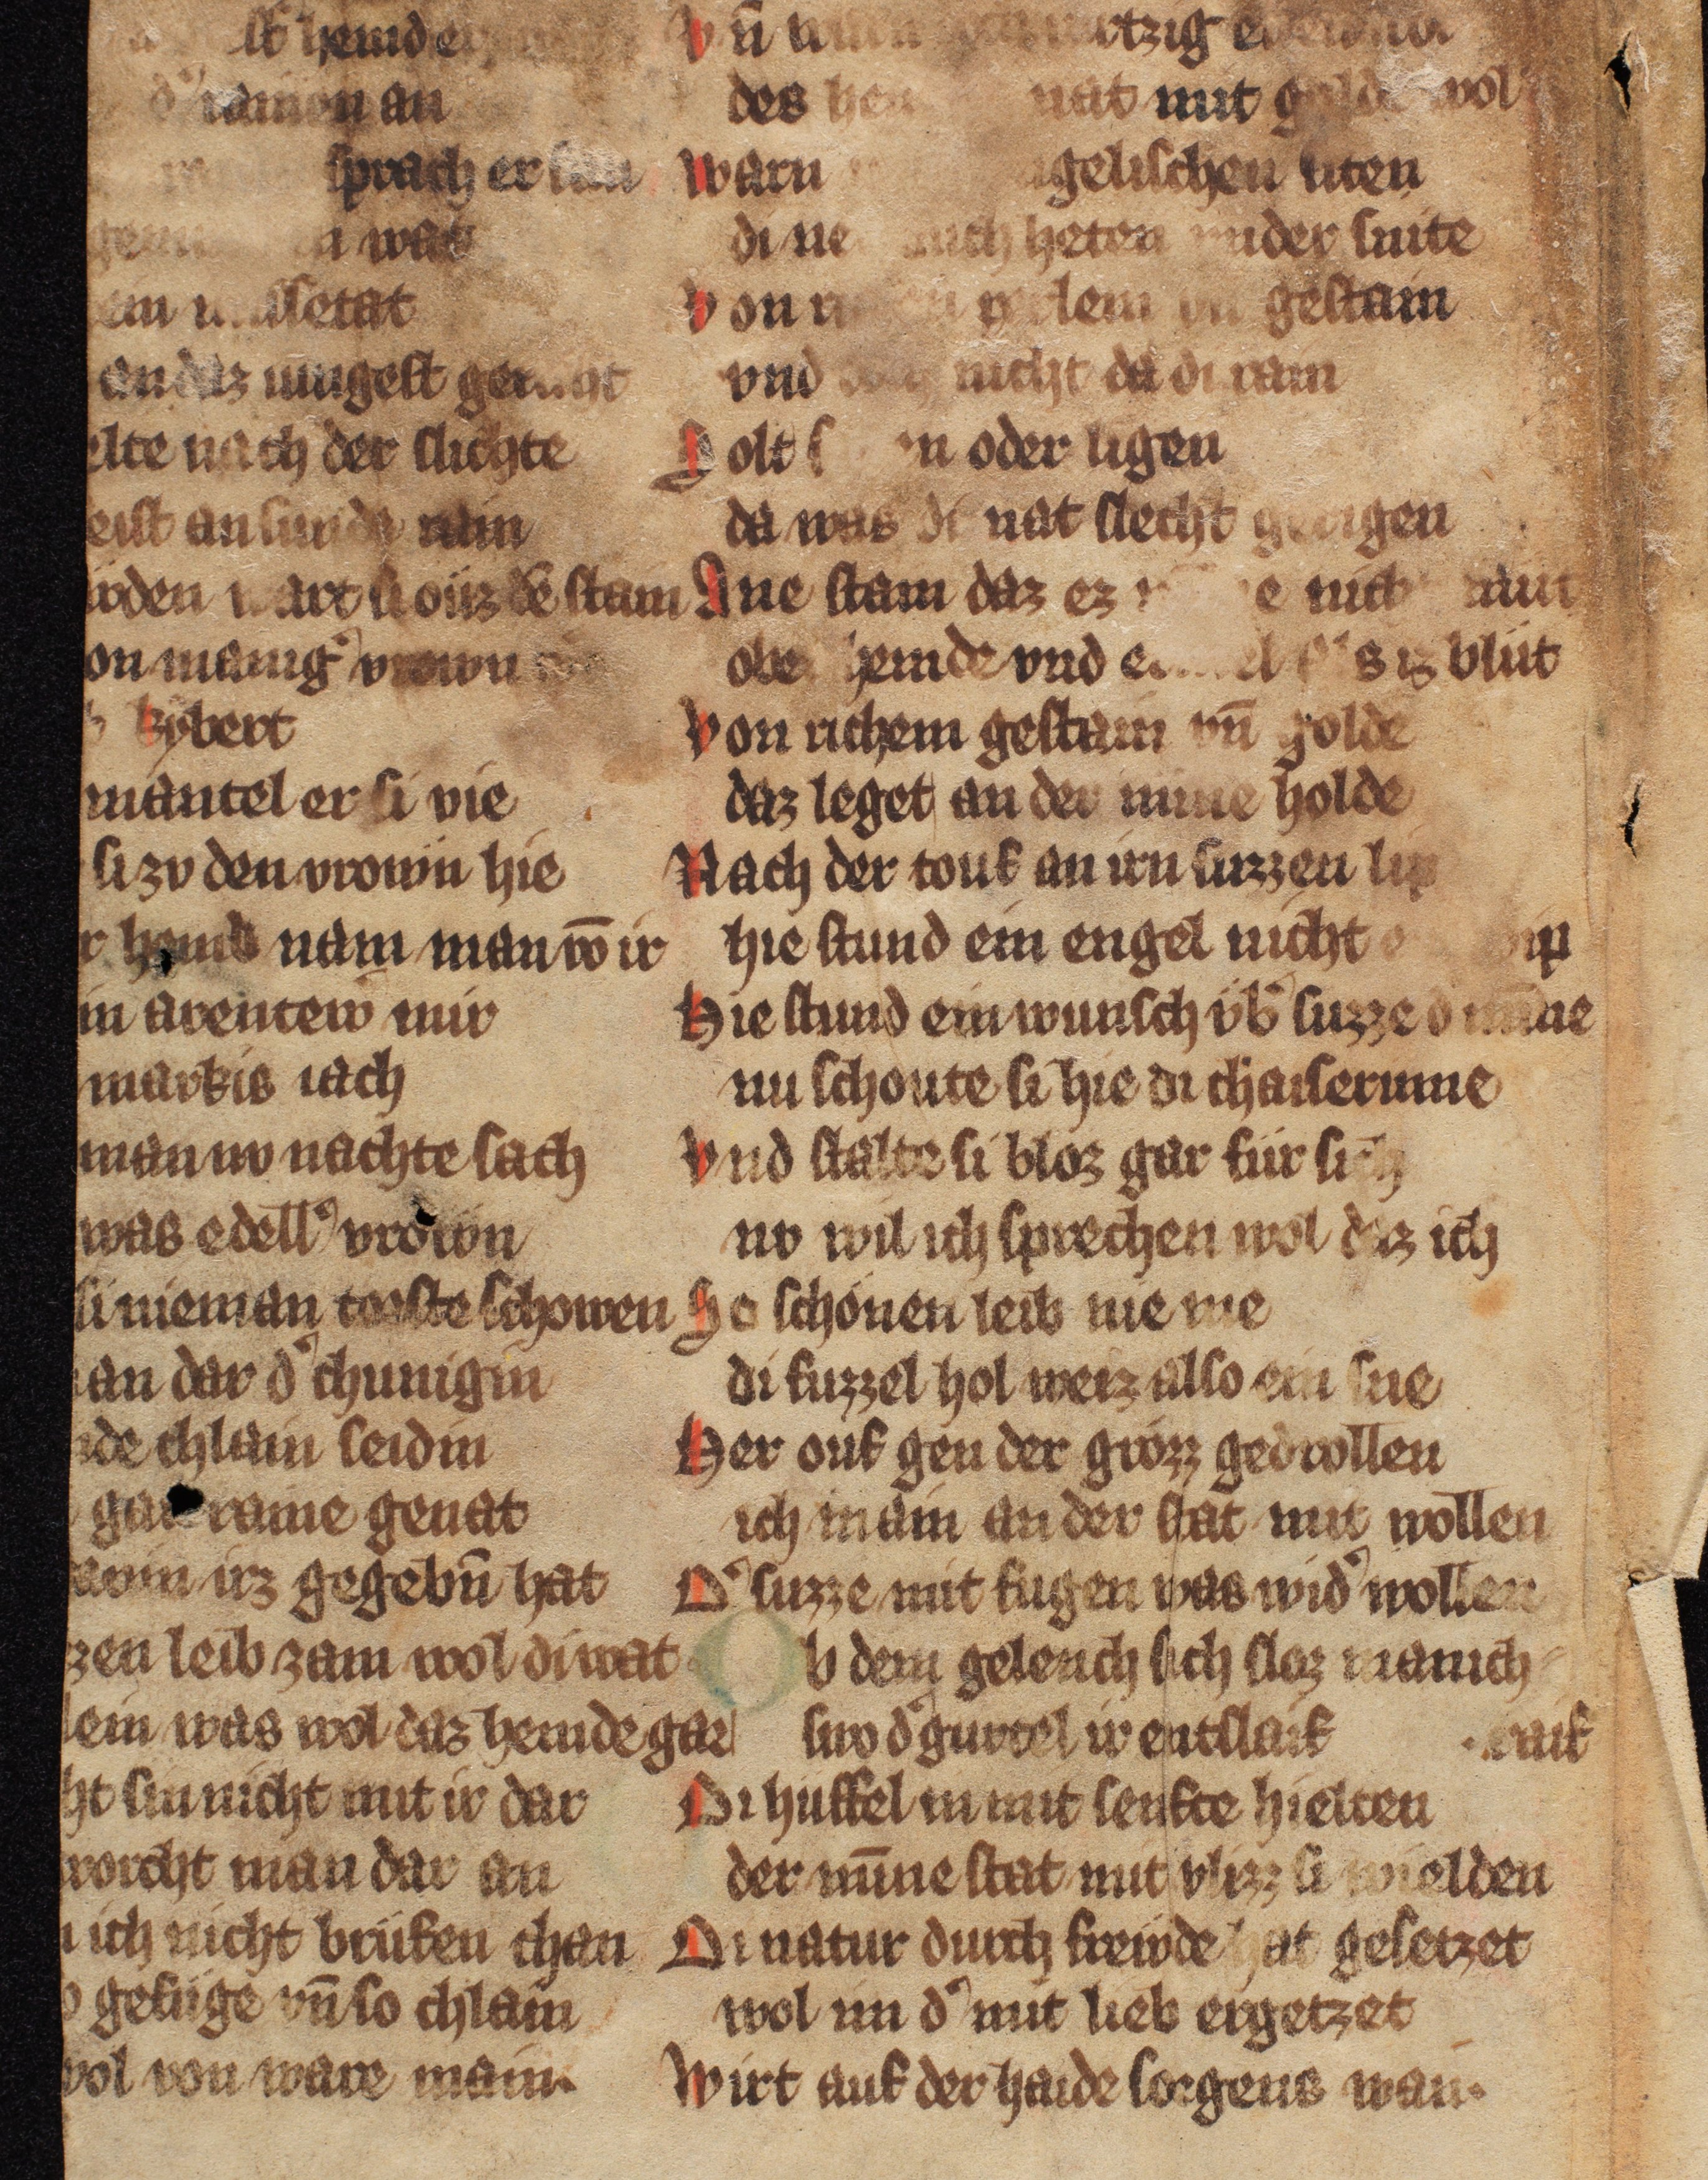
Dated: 1300–1315